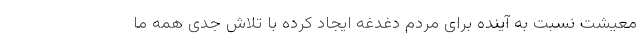
معیشت نسبت به آینده برای مردم دغدغه ایجاد کرده با تلاش جدی همه ما